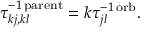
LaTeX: \tau _ { k j , k l } ^ { - 1 \, \mathrm { p a r e n t } } = k \tau _ { j l } ^ { - 1 \, \mathrm { o r b } } .